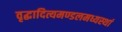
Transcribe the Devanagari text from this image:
वृद्धादित्यमण्डलमध्यस्थां